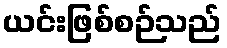
ယင်းဖြစ်စဉ်သည်